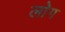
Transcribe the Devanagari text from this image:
लाेेग